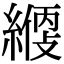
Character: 𦄱